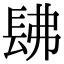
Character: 𨱰